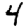
Digit: 4